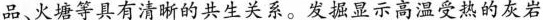
品、火塘等具有清晰的共生关系。发掘显示高温受热的灰岩